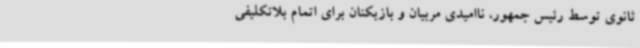
ثانوی توسط رئیس جمهور، ناامیدی مربیان و بازیکنان برای اتمام بلاتکلیفی